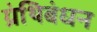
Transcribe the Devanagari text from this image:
ग्रंथिबंधन